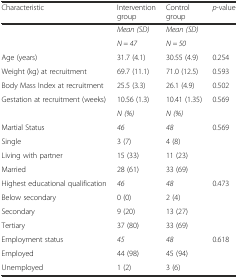
<table><thead><tr><td><b>Characteristic</b></td><td><b>Intervention group</b></td><td><b>Control group</b></td><td><b><i>p</i>-value</b></td></tr></thead><tbody><tr><td rowspan="2">[EMPTY_CELL]</td><td><i>Mean (SD)</i></td><td><i>Mean (SD)</i></td><td rowspan="2">[EMPTY_CELL]</td></tr><tr><td><i>N = 47</i></td><td><i>N = 50</i></td></tr><tr><td>Age (years)</td><td>31.7 (4.1)</td><td>30.55 (4.9)</td><td>0.254</td></tr><tr><td>Weight (kg) at recruitment</td><td>69.7 (11.1)</td><td>71.0 (12.5)</td><td>0.593</td></tr><tr><td>Body Mass Index at recruitment</td><td>25.5 (3.3)</td><td>26.1 (4.9)</td><td>0.502</td></tr><tr><td>Gestation at recruitment (weeks)</td><td>10.56 (1.3)</td><td>10.41 (1.35)</td><td>0.569</td></tr><tr><td>[EMPTY_CELL]</td><td><i>N (%)</i></td><td><i>N (%)</i></td><td>[EMPTY_CELL]</td></tr><tr><td>Martial Status</td><td><i>46</i></td><td><i>48</i></td><td>0.569</td></tr><tr><td>Single</td><td>3 (7)</td><td>4 (8)</td><td>[EMPTY_CELL]</td></tr><tr><td>Living with partner</td><td>15 (33)</td><td>11 (23)</td><td>[EMPTY_CELL]</td></tr><tr><td>Married</td><td>28 (61)</td><td>33 (69)</td><td>[EMPTY_CELL]</td></tr><tr><td>Highest educational qualification</td><td><i>46</i></td><td><i>48</i></td><td>0.473</td></tr><tr><td>Below secondary</td><td>0 (0)</td><td>2 (4)</td><td>[EMPTY_CELL]</td></tr><tr><td>Secondary</td><td>9 (20)</td><td>13 (27)</td><td>[EMPTY_CELL]</td></tr><tr><td>Tertiary</td><td>37 (80)</td><td>33 (69)</td><td>[EMPTY_CELL]</td></tr><tr><td>Employment status</td><td><i>45</i></td><td><i>48</i></td><td>0.618</td></tr><tr><td>Employed</td><td>44 (98)</td><td>45 (94)</td><td>[EMPTY_CELL]</td></tr><tr><td>Unemployed</td><td>1 (2)</td><td>3 (6)</td><td>[EMPTY_CELL]</td></tr></tbody></table>